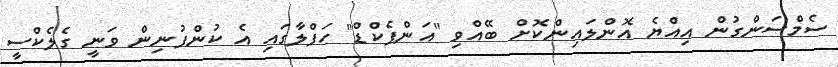
ސެމްސަންގުން އިއްޔެ އޮންލައިންކޮށް ބޭއްވި "އަންޕެކްޑް" ހަފްލާގައި އެ ކުންފުނިން ވަނީ ގެލެކްސީ